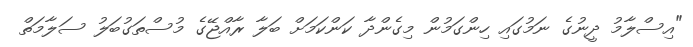
"އިސްލާމު ދީނުގެ ނަމުގައި ހިންގަމުން މިގެންދާ ކަންކަމަށް ބަލާ ރާއްޖޭގެ މުސްތަގުބަލު ސަލާމަތް